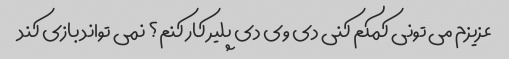
عزیزم می تونی کمکم کنی دی وی دی پلیر کار کنم؟ نمی تواند بازی کند